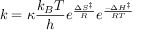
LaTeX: k = \kappa { \frac { k _ { B } T } { h } } e ^ { \frac { \Delta S ^ { \ddagger } } { R } } e ^ { \frac { - \Delta H ^ { \ddagger } } { R T } }